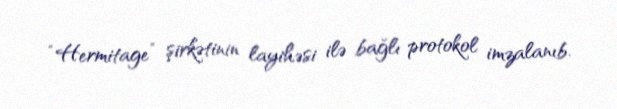
“Hermitage” şirkətinin layihəsi ilə bağlı protokol imzalanıb.